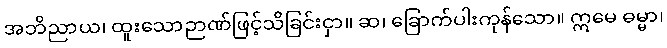
အဘိညာယ၊ ထူးသောဉာဏ်ဖြင့်သိခြင်းငှာ။ ဆ၊ ခြောက်ပါးကုန်သော။ ဣမေ ဓမ္မာ၊